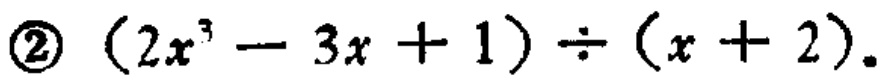
\((2x^{3}-3x + 1)\div(x + 2)\)